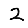
Digit: 2